Report of an investigation of the epidemic of malarial fever in Assam, or, kala-azar
Disease focus: Malaria
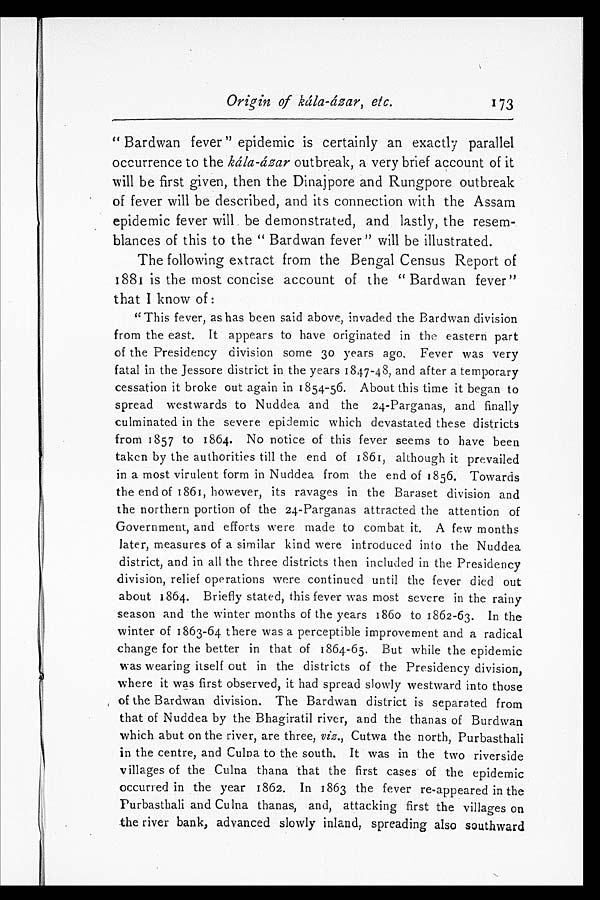
Origin of kála-ázar, etc.
173
"Bardwan fever" epidemic is certainly an exactly parallel
occurrence to the kála-ázar outbreak, a very brief account of it
will be first given, then the Dinajpore and Rungpore outbreak
of fever will be described, and its connection with the Assam
epidemic fever will be demonstrated, and lastly, the resem
-blances of this to the "Bardwan fever" will be illustrated.
The following extract from the Bengal Census Report of
1881 is the most concise account of the "Bardwan fever"
that I know of:
"This fever, as has been said above, invaded the Bardwan division
from the east. It appears to have originated in the eastern part
of the Presidency division some 30 years ago. Fever was very
fatal in the Jessore district in the years 1847-48, and after a temporary
cessation it broke out again in 1854-56. About this time it began to
spread westwards to Nuddea and the 24-Parganas, and finally
culminated in the severe epidemic which devastated these districts
from 1857 to 1864. No notice of this fever seems to have been
taken by the authorities till the end of 1861, although it prevailed
in a most virulent form in Nuddea from the end of 1856. Towards
the end of 1861, however, its ravages in the Baraset division and
the northern portion of the 24-Parganas attracted the attention of
Government, and efforts were made to combat it. A few months
later, measures of a similar kind were introduced into the Nuddea
district, and in all the three districts then included in the Presidency
division, relief operations were continued until the fever died out
about 1864. Briefly stated, this fever was most severe in the rainy
season and the winter months of the years 1860 to 1862-63. In the
winter of 1863-64 there was a perceptible improvement and a radical
change for the better in that of 1864-65. But while the epidemic
was wearing itself out in the districts of the Presidency division,
where it was first observed, it had spread slowly westward into those
of the Bardwan division. The Bardwan district is separated from
that of Nuddea by the Bhagiratil river, and the thanas of Burdwan
which abut on the river, are three, viz., Cutwa the north, Purbasthali
in the centre, and Culna to the south. It was in the two riverside
villages of the Culna thana that the first cases of the epidemic
occurred in the year 1862. In 1863 the fever re-appeared in the
Purbasthali and Culna thanas, and, attacking first the villages on
the river bank, advanced slowly inland, spreading also southward